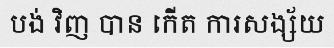
បង់ វិញ បាន កើត ការសង្ស័យ